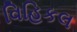
વિહિકલ